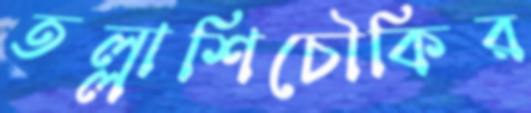
তল্লাশিচৌকির